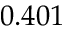
0 . 4 0 1